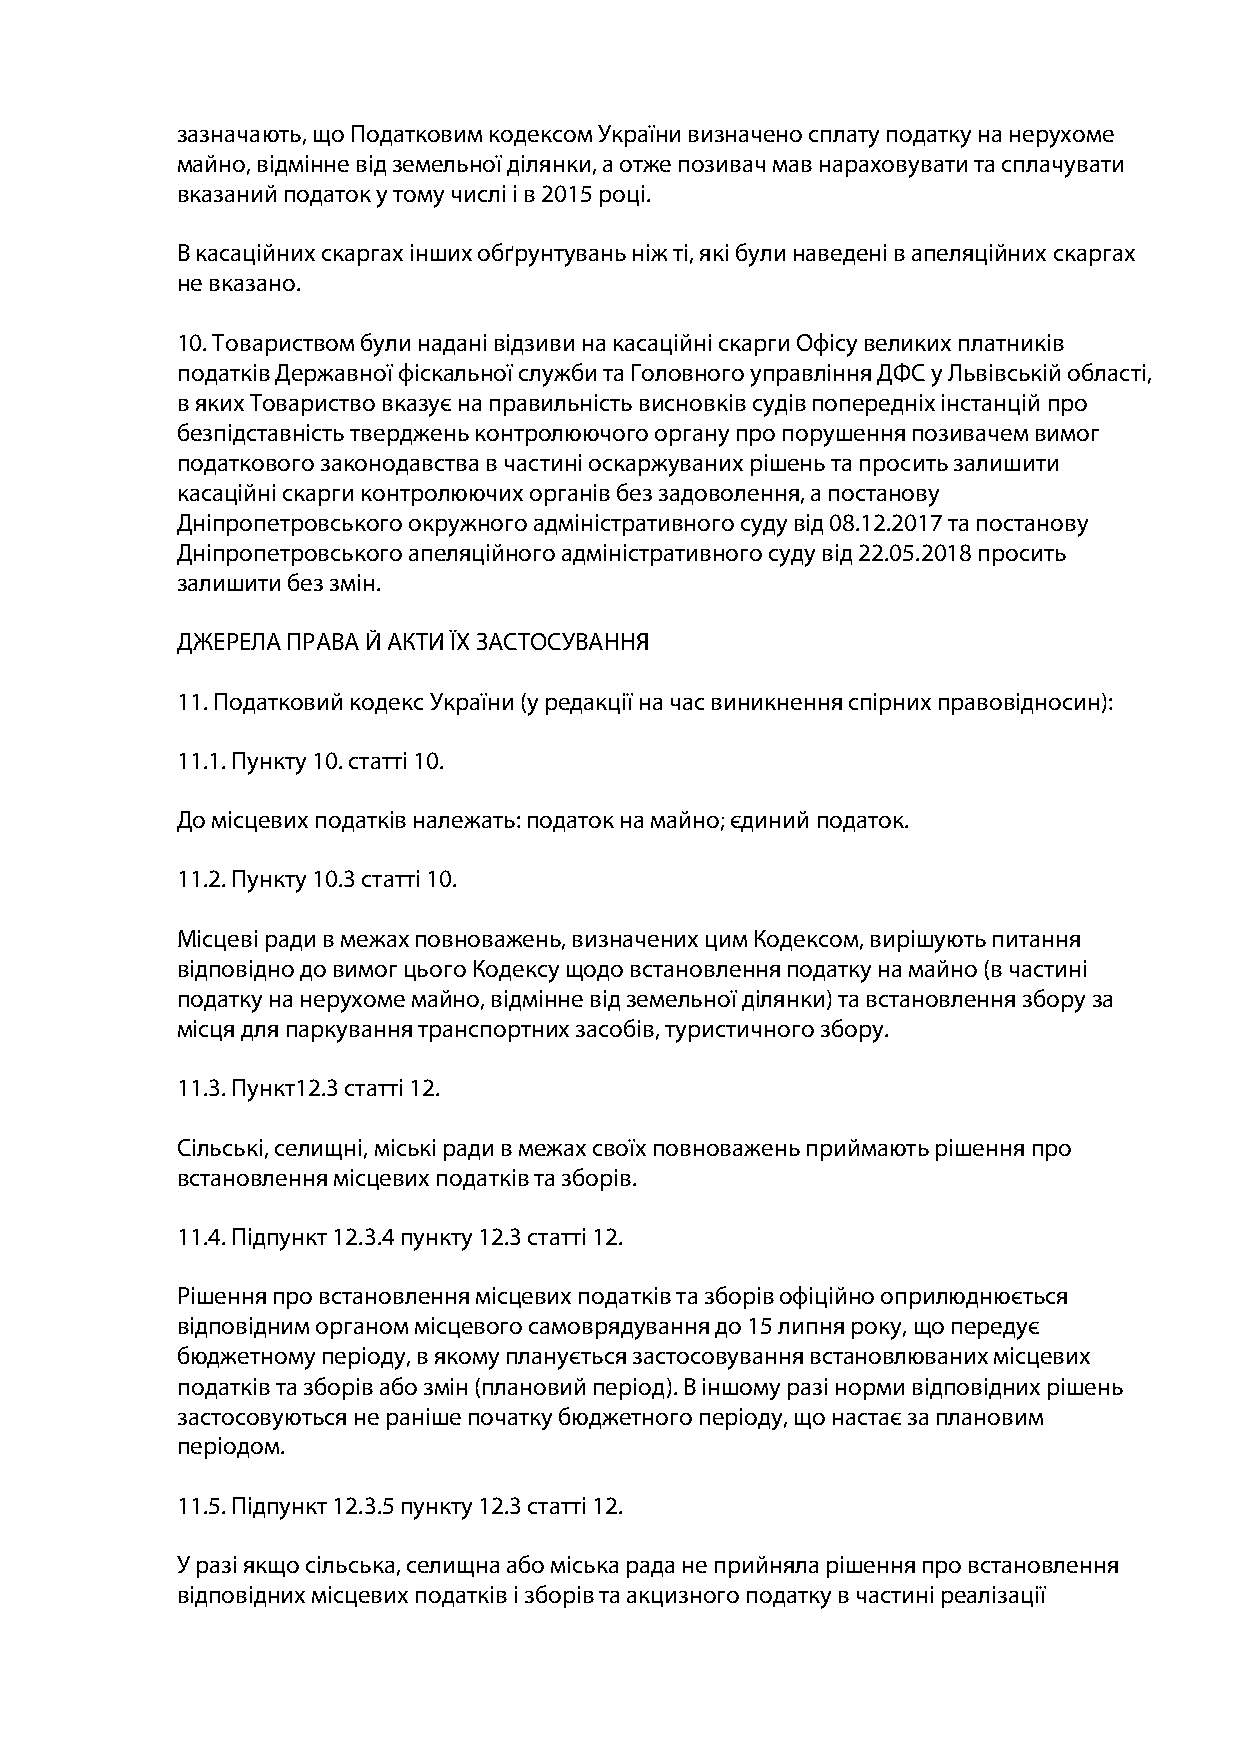
зазначають, що Податковим кодексом України визначено сплату податку на нерухоме
 майно, відмінне від земельної ділянки, а отже позивач мав нараховувати та сплачувати
 вказаний податок у тому числі і в 2015 році.
 В касаційних скаргах інших обґрунтувань ніж ті, які були наведені в апеляційних скаргах
 не вказано.
 10. Товариством були надані відзиви на касаційні скарги Офісу великих платників
 податків Державної фіскальної служби та Головного управління ДФС у Львівській області,
 в яких Товариство вказує на правильність висновків судів попередніх інстанцій про
 безпідставність тверджень контролюючого органу про порушення позивачем вимог
 податкового законодавства в частині оскаржуваних рішень та просить залишити
 касаційні скарги контролюючих органів без задоволення, а постанову
 Дніпропетровського окружного адміністративного суду від 08.12.2017 та постанову
 Дніпропетровського апеляційного адміністративного суду від 22.05.2018 просить
 залишити без змін.
 ДЖЕРЕЛА ПРАВА Й АКТИ ЇХ ЗАСТОСУВАННЯ
 11. Податковий кодекс України (у редакції на час виникнення спірних правовідносин):
 11.1. Пункту 10. статті 10.
 До місцевих податків належать: податок на майно; єдиний податок.
 11.2. Пункту 10.3 статті 10.
 Місцеві ради в межах повноважень, визначених цим Кодексом, вирішують питання
 відповідно до вимог цього Кодексу щодо встановлення податку на майно (в частині
 податку на нерухоме майно, відмінне від земельної ділянки) та встановлення збору за
 місця для паркування транспортних засобів, туристичного збору.
 11.3. Пункт12.3 статті 12.
 Сільські, селищні, міські ради в межах своїх повноважень приймають рішення про
 встановлення місцевих податків та зборів.
 11.4. Підпункт 12.3.4 пункту 12.3 статті 12.
 Рішення про встановлення місцевих податків та зборів офіційно оприлюднюється
 відповідним органом місцевого самоврядування до 15 липня року, що передує
 бюджетному періоду, в якому планується застосовування встановлюваних місцевих
 податків та зборів або змін (плановий період). В іншому разі норми відповідних рішень
 застосовуються не раніше початку бюджетного періоду, що настає за плановим
 періодом.
 11.5. Підпункт 12.3.5 пункту 12.3 статті 12.
 У разі якщо сільська, селищна або міська рада не прийняла рішення про встановлення
 відповідних місцевих податків і зборів та акцизного податку в частині реалізації